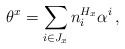
\begin{align*}\theta^x = \sum_{i \in J_x} n_i^{H_x} \alpha^i\,,\end{align*}